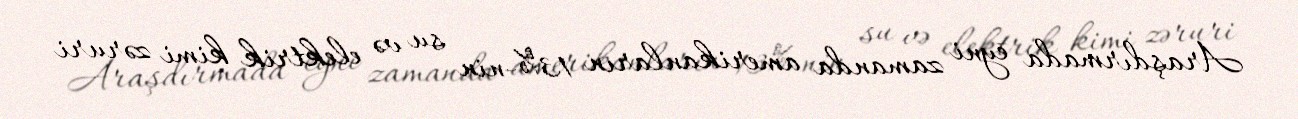
Araşdırmada eyni zamanda amerikanların 13%-nin su və elektrik kimi zəruri